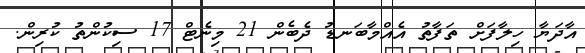
އާދަޔާ ހިލާފަށް ތަފާތު އެއްމާބަނޑު ދެބެން 21 މިނެޓް 17 ސިކުންތު ކުރިން.